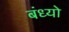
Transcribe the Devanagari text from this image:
बंध्यो